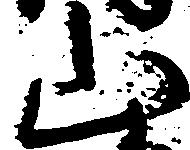
山